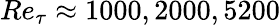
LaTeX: Re_{\tau}\approx 1000,2000,5200